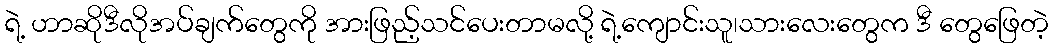
ရဲ့ ဟာဆိုဒီလိုအပ်ချက်တွေကို အားဖြည့်သင်ပေးတာမလို့ ရဲ့ကျောင်းသူ၊သားလေးတွေက ဒီ တွေဖြေတဲ့